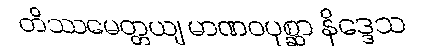
တိဿမေတ္တယျ မာဏဝပုစ္ဆာ နိဒ္ဒေသ